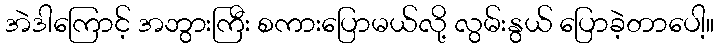
အဲဒါကြောင့် အဘွားကြီး စကားပြောမယ်လို့ လွမ်းနွယ် ပြောခဲ့တာပေါ့။